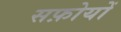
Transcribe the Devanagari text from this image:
सफ़ोयों